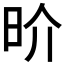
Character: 𰕷